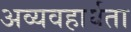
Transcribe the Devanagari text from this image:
अव्यवहार्यता